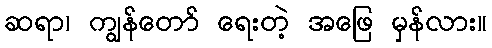
ဆရာ၊ ကျွန်တော် ရေးတဲ့ အဖြေ မှန်လား။